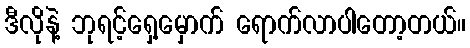
ဒီလိုနဲ့ ဘုရင့်ရှေ့မှောက် ရောက်လာပါတော့တယ်။